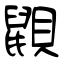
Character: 鼰